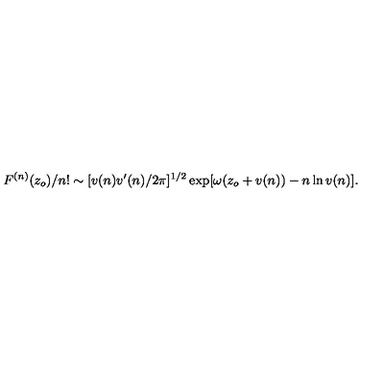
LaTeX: F ^ { ( n ) } ( z _ { o } ) / n ! \sim [ v ( n ) v ^ { \prime } ( n ) / 2 \pi ] ^ { 1 / 2 } \exp [ \omega ( z _ { o } + v ( n ) ) - n \ln v ( n ) ] .